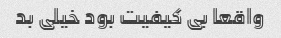
واقعا بی کیفیت بود خیلی بد